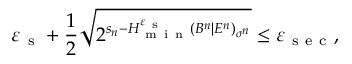
\varepsilon _ { \mathrm { ~ s ~ } } + \frac { 1 } { 2 } \sqrt { 2 ^ { s _ { n } - H _ { \mathrm { ~ m ~ i ~ n ~ } } ^ { \varepsilon _ { \mathrm { ~ s ~ } } } ( B ^ { n } | E ^ { n } ) _ { \sigma ^ { n } } } } \leq \varepsilon _ { \mathrm { ~ s ~ e ~ c ~ } } ,